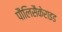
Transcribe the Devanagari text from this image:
पौलिसैकेराइड